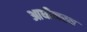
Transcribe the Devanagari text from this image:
आधीनस्थ